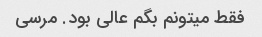
فقط میتونم بگم عالی بود. مرسی